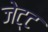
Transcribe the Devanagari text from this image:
जेट्ट